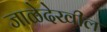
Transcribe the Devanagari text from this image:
जाळेदेखील